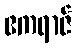
ဧကရာဇ်